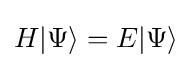
H|\Psi \rangle =E|\Psi \rangle